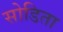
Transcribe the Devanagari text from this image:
सोडिता